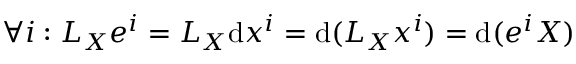
\forall i : L _ { X } e ^ { i } = L _ { X } \mathrm { d } x ^ { i } = \mathrm { d } ( L _ { X } x ^ { i } ) = \mathrm { d } ( e ^ { i } X )